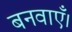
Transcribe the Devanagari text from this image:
बनवाएँ।